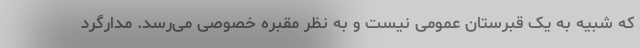
که شبیه به یک قبرستان عمومی نیست و به نظر مقبره خصوصی می‌رسد. مدارگرد